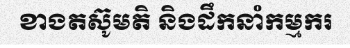
ខាងតស៊ូមតិ និងដឹកនាំកម្មករ